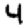
Digit: 4